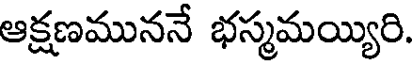
ఆక్షణముననే భస్మమయ్యిరి.